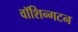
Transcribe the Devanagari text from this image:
वॉशिन्गटन